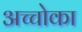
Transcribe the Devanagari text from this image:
अच्चोका